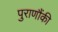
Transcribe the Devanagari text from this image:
पुराणौंकी